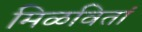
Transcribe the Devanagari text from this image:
मिळवितां